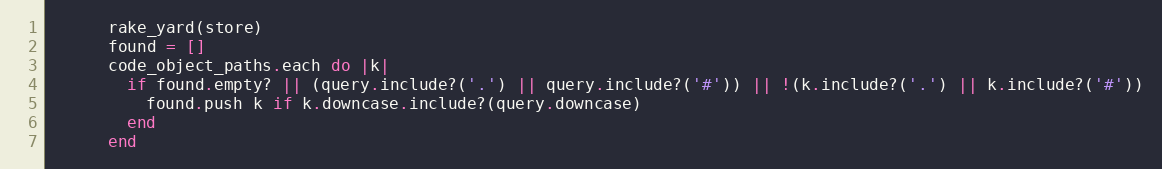
Language: Ruby
      rake_yard(store)
      found = []
      code_object_paths.each do |k|
        if found.empty? || (query.include?('.') || query.include?('#')) || !(k.include?('.') || k.include?('#'))
          found.push k if k.downcase.include?(query.downcase)
        end
      end